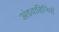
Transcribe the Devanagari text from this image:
अंडवाहिनियाँ